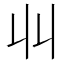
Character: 𫡅